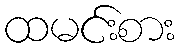
ထမင်းစား